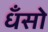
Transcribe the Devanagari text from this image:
धँसो